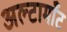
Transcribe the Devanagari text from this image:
अल्टामाँट